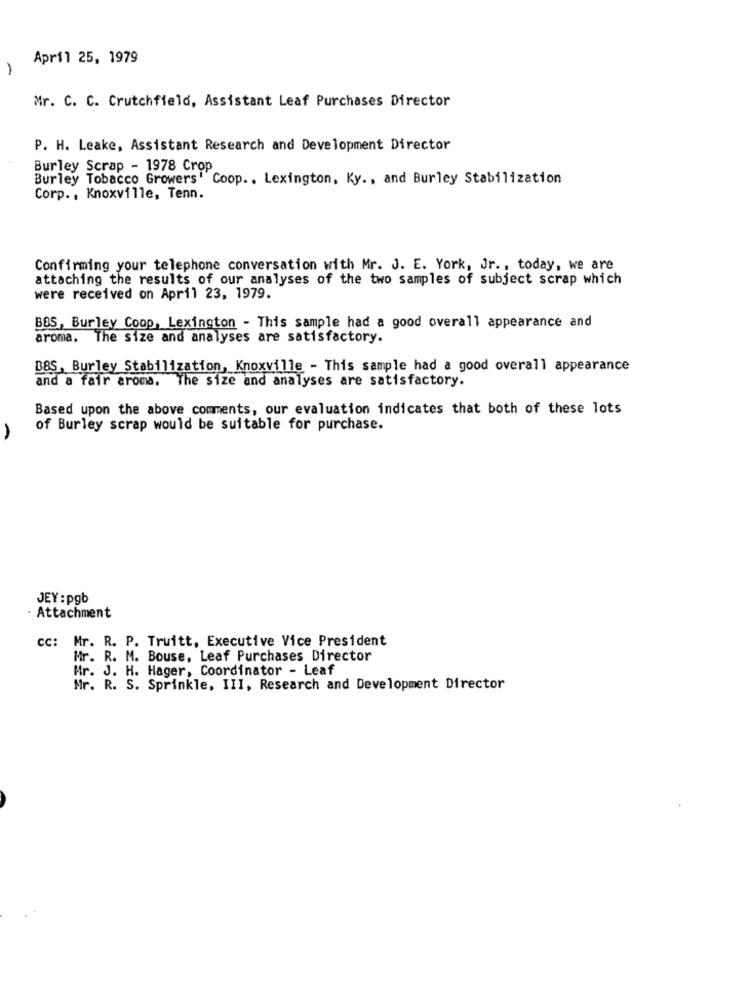
April 25, 1979
Mr. C. C. Crutchfield, Assistant Leaf Purchases Director
P. H. Leake, Assistant Research and Development Director
Burley Scrap - 1978 Crop
Burley Tobacco Growers' Coop .. Lexington, Ky ., and Burley Stabilization
Corp ., Knoxville, Tenn.
Confirming your telephone conversation with Mr. J. E. York, Jr ., today, we are
attaching the results of our analyses of the two samples of subject scrap which
were received on April 23, 1979.
BBS, Burley Coop, Lexington - This sample had a good overall appearance and
aroma. The size and analyses are satisfactory.
BBS, Burley Stabilization, Knoxville - This sample had a good overall appearance
and a fair aroma. The size and analyses are satisfactory.
Based upon the above comments, our evaluation indicates that both of these lots
of Burley scrap would be suitable for purchase.
A
JEY : pgb
· Attachment
cc: Mr. R. P. Truitt, Executive Vice President
Hr. R. M. Bouse, Leaf Purchases Director
Mr. J. H. Hager, Coordinator - Leaf
Mr. R. S. Sprinkle, III, Research and Development Director